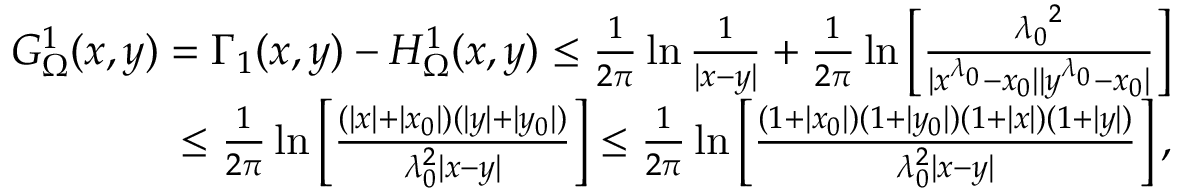
\begin{array} { r l r } & { } & { G _ { \Omega } ^ { 1 } ( x , y ) = \Gamma _ { 1 } ( x , y ) - H _ { \Omega } ^ { 1 } ( x , y ) \leq \frac { 1 } { 2 \pi } \ln \frac { 1 } { | x - y | } + \frac { 1 } { 2 \pi } \ln \left[ \frac { { \lambda _ { 0 } } ^ { 2 } } { | x ^ { \lambda _ { 0 } } - x _ { 0 } | | y ^ { \lambda _ { 0 } } - x _ { 0 } | } \right] } \\ & { } & { \qquad \qquad \leq \frac { 1 } { 2 \pi } \ln \left[ \frac { ( | x | + | x _ { 0 } | ) ( | y | + | y _ { 0 } | ) } { \lambda _ { 0 } ^ { 2 } | x - y | } \right] \leq \frac { 1 } { 2 \pi } \ln \left[ \frac { ( 1 + | x _ { 0 } | ) ( 1 + | y _ { 0 } | ) ( 1 + | x | ) ( 1 + | y | ) } { \lambda _ { 0 } ^ { 2 } | x - y | } \right] , } \end{array}